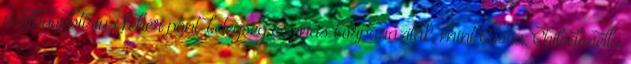
Ichthyophtirius fehér pont-betegség és más bőrparaziták, mint Costia, Chilodonella